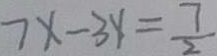
7 x - 3 y = \frac { 7 } { 2 }